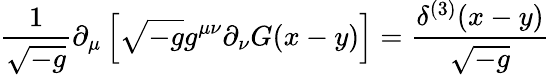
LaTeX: {\frac{1}{\sqrt{-g}}}\partial_{\mu}\left[\sqrt{-g}g^{\mu\nu}\partial_{\nu}G(x-y)\right]={\frac{\delta^{(3)}(x-y)}{\sqrt{-g}}}\,